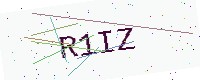
Text: R1IZ